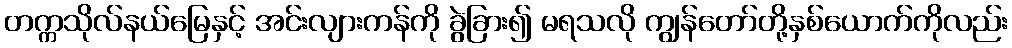
တက္ကသိုလ်နယ်မြေနှင့် အင်းလျားကန်ကို ခွဲခြား၍ မရသလို ကျွန်တော်တို့နှစ်ယောက်ကိုလည်း